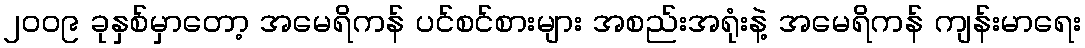
၂၀၀၉ ခုနှစ်မှာတော့ အမေရိကန် ပင်စင်စားများ အစည်းအရုံးနဲ့ အမေရိကန် ကျန်းမာရေး